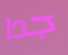
جدا